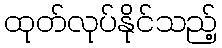
ထုတ်လုပ်နိုင်သည့်